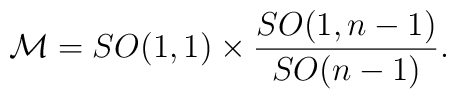
{\cal M}= {SO(1,1)} \times {SO(1, n-1)\over SO(n-1)}.